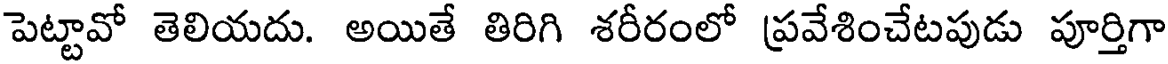
పెట్టావో తెలియదు. అయితే తిరిగి శరీరంలో ప్రవేశించేటపుడు పూర్తిగా